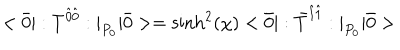
< \bar { 0 } | : T ^ { \hat { 0 } \hat { 0 } } : | _ { P _ { 0 } } | \bar { 0 } > = \sinh ^ { 2 } ( \chi ) < \bar { 0 } | : \bar { T } ^ { \hat { 1 } \hat { 1 } } : | _ { P _ { 0 } } | \bar { 0 } >